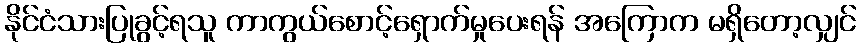
နိုင်ငံသားပြုခွင့်ရသူ ကာကွယ်စောင့်ရှောက်မှုပေးရန် အကြောက မရှိတော့လျှင်